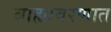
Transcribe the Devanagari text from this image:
बाह्यावरणात